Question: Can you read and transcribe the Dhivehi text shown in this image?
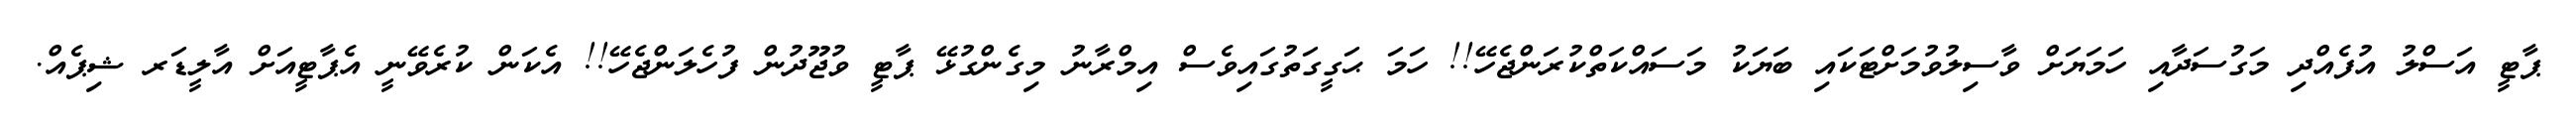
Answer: ޕާޓީ އަސްލު އުފެއްދި މަގުސަދާއި ހަމަޔަށް ވާސިލުވުމަށްޓަކައި ބަޔަކު މަސައްކަތްކުރަންޖެހޭ!! ހަމަ ޙަގީގަތުގައިވެސް އިމްރާނު މިގެންގުޅޭ ޕާޓީ ވުޖޫދުން ފުހެލަންޖެހޭ!! އެކަން ކުރެވޭނީ އެޕާޓީއަށް އާލީޑަރ ޝިޕެއް.